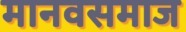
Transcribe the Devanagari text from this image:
मानवसमाज